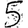
Digit: 5